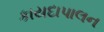
કાયદાપાલન